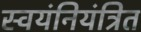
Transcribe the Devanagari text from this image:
स्वयंनियंत्रित